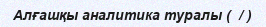
Алғашқы аналитика туралы (  / )